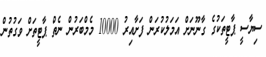
ސިޔާސީ ޕާޓީތަކުގެ ގާނޫނަށް އަމަލުކުރަން ފަށާއިރު 10000 މެމްބަރުން ނެތް ޕާޓީތަށް ވަގުތުން